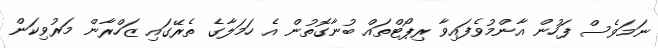
ނަމަވެސް ފަހުން އާންމުވެފައިވާ ރިޕޯޓްތައް ބުނާގޮތުން އެ ހަމަލާގެ ތެރޭގައި ޒަހްރާން މަރުވިކަން